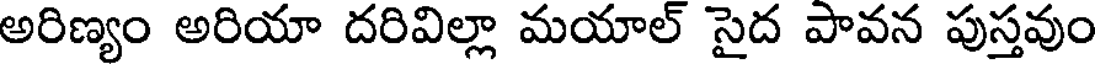
అరిణ్యం అరియా దరివిల్లా మయాల్ సైద పావన పుస్తవుం